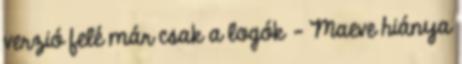
verzió felé már csak a logók – Maeve hiánya